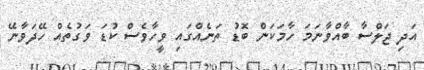
އަދި ޖަލްސާ ބާއްވާނަމަ ހާމަކަން ބޮޑު ތަނެއްގައި ވީހާވެސް ކުޑަ ވަގުތެއް ހޭދަވާނޭ